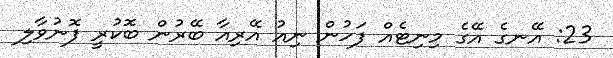
23: އޭނގެ އޭގެ މިނިޓެއް ފަހުން ނިއު އޭރިއާ ބޭރުން ބޮކުރީ ފޮނުވާލި